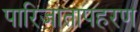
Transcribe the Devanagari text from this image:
पारिजातापहरण